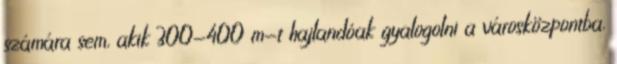
számára sem, akik 300-400 m-t hajlandóak gyalogolni a városközpontba.